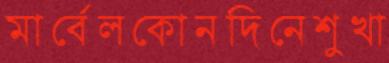
মার্বেলকোনদিনেশুখা